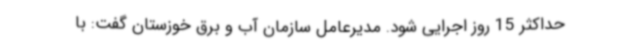
حداکثر 15 روز اجرایی شود. مدیرعامل سازمان آب و برق خوزستان گفت: با